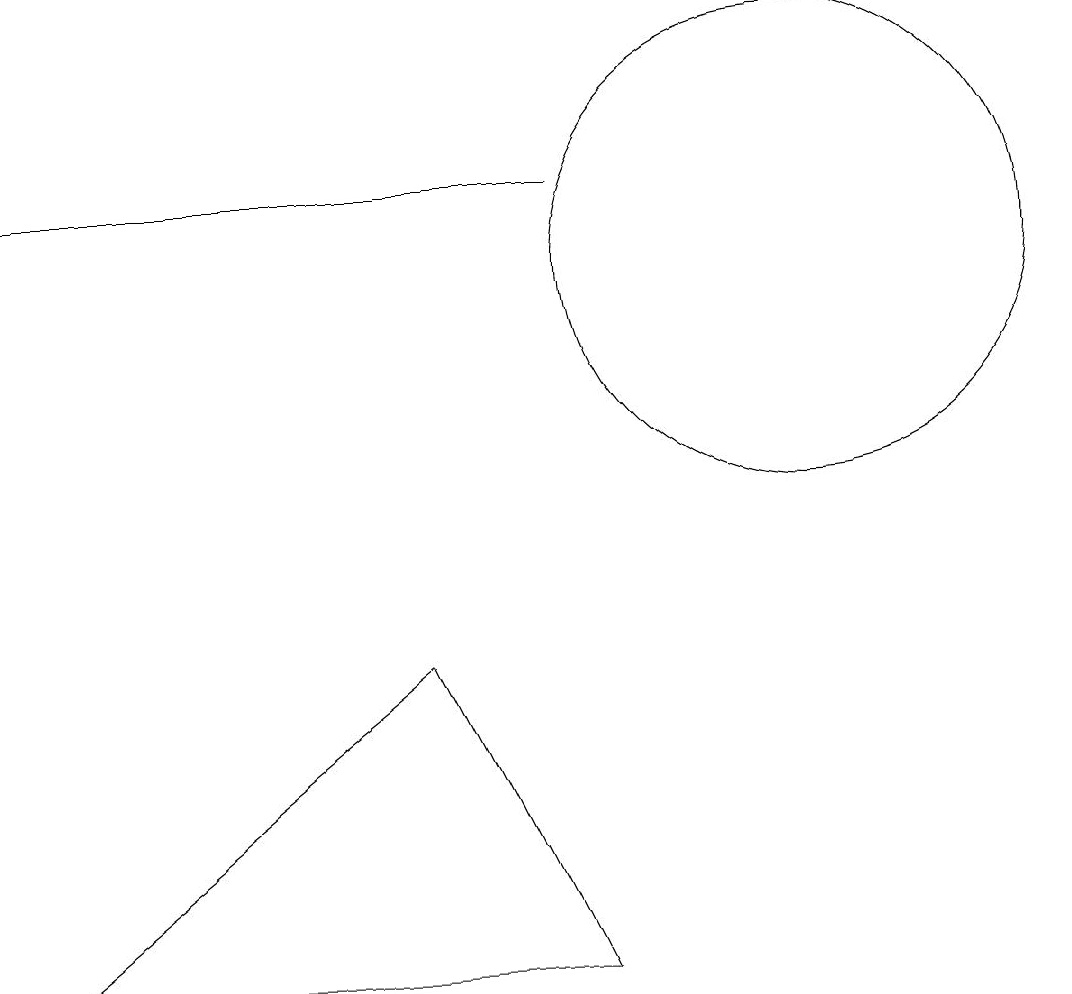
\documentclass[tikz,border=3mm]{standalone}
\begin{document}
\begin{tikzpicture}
\draw (0,2) -- (7,2) -- (5,6) -- cycle;
\draw (7,12) rectangle (0,12);
\draw (10,11) circle (3);
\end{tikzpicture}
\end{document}